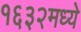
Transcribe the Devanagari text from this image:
१६३२मध्ये